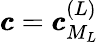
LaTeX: \pmb{c}=\pmb{c}_{M_{L}}^{(L)}